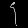
Digit: ၄